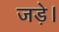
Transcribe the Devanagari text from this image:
जड़े।